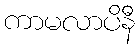
ကာမလာပိနီ